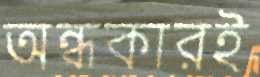
অন্ধকারই